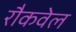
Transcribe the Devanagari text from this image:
रौकवेल